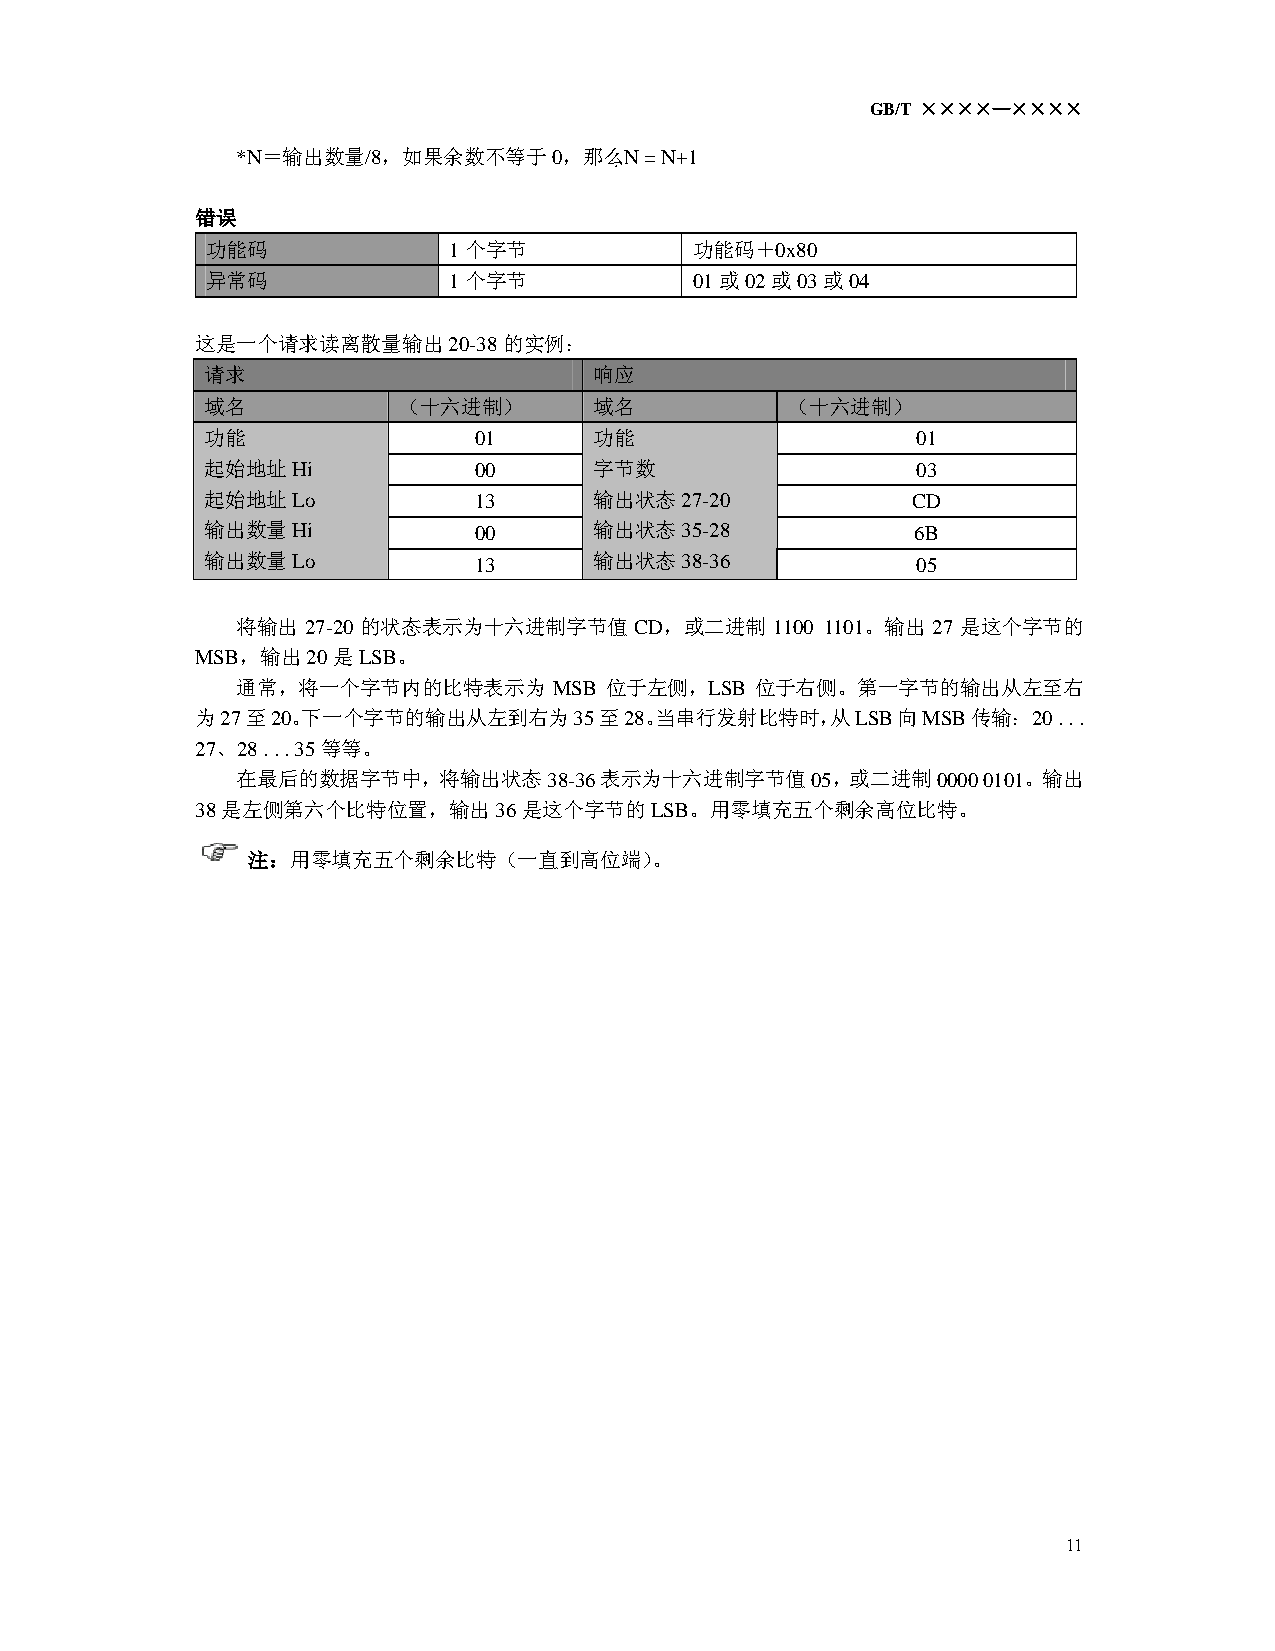
GB/T ××××—××××
 *N＝输出数量/8，如果余数不等于0，那么N    = N+1
 错误
 功能码             1个字节            功能码＋0x80
 异常码             1个字节            01或02或03或04
 这是一个请求读离散量输出20-38的实例：
 请求                       响应
 域名          （十六进制）       域名           （十六进制）
 功能               01      功能                    01
 起始地址Hi           00      字节数                   03
 起始地址Lo           13      输出状态27-20            CD
 输出数量Hi           00      输出状态35-28             6B
 输出数量Lo           13      输出状态38-36             05
 将输出 27-20 的状态表示为十六进制字节值   CD，或二进制  1100 1101。输出 27 是这个字节的
 MSB，输出20是LSB。
 通常，将一个字节内的比特表示为      MSB 位于左侧，LSB 位于右侧。第一字节的输出从左至右
 为27至20。下一个字节的输出从左到右为35至28。当串行发射比特时，从LSB向MSB传输：         20 . . .
 27、28 . . . 35等等。
 在最后的数据字节中，将输出状态38-36表示为十六进制字节值05，或二进制0000        0101。输出
 38是左侧第六个比特位置，输出36是这个字节的LSB。用零填充五个剩余高位比特。
 注：用零填充五个剩余比特（一直到高位端）。
 11